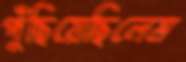
পুঁছিয়েছিলেম